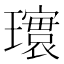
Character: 𪼨